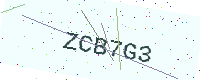
Text: ZCB7G3